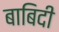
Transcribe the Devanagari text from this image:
बाबिदी